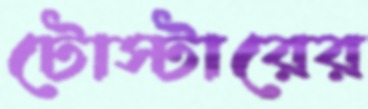
টোস্টারের